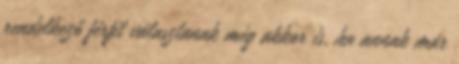
rendelkező férﬁt választanak még akkor is, ha annak már